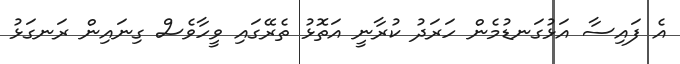
އެ ފައިސާ އަޅުގަނޑުމެން ހަރަދު ކުރާނީ އަތޮޅު ތެރޭގައި ވީހާވެސް ގިނައިން ރަނގަޅު